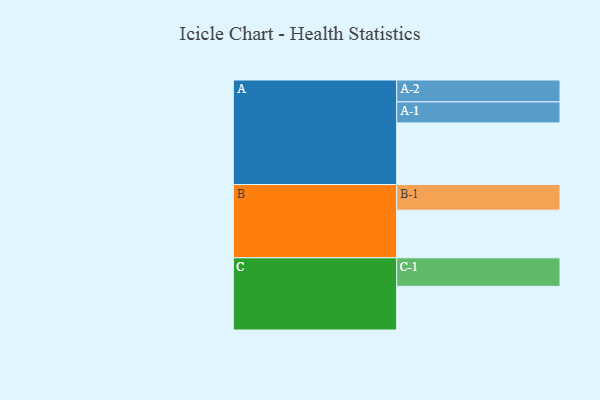
{"axis": {"x": "Segment", "y": "Value"}, "legend": ["", "A", "B", "C"], "data": [{"x": "A", "y": 579, "type": ""}, {"x": "B", "y": 447, "type": ""}, {"x": "C", "y": 410, "type": ""}, {"x": "A-1", "y": 197, "type": "A"}, {"x": "A-2", "y": 206, "type": "A"}, {"x": "B-1", "y": 241, "type": "B"}, {"x": "C-1", "y": 268, "type": "C"}]}